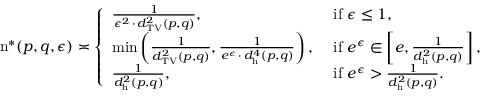
\begin{array} { r } { \mathrm { n } ^ { * } ( p , q , \epsilon ) \asymp \left\{ \begin{array} { l l } { \frac { 1 } { \epsilon ^ { 2 } \, \cdot \, d _ { \mathrm { T V } } ^ { 2 } ( p , q ) } , } & { \mathrm { ~ i f ~ } \epsilon \leq 1 , } \\ { \operatorname* { m i n } \left( \frac { 1 } { d _ { \mathrm { T V } } ^ { 2 } ( p , q ) } , \frac { 1 } { e ^ { \epsilon } \, \cdot \, d _ { \mathrm { h } } ^ { 4 } ( p , q ) } \right) , } & { \mathrm { ~ i f ~ } e ^ { \epsilon } \in \left[ e , \frac { 1 } { d _ { \mathrm { h } } ^ { 2 } ( p , q ) } \right] , } \\ { \frac { 1 } { d _ { \mathrm { h } } ^ { 2 } ( p , q ) } , } & { \mathrm { ~ i f ~ } e ^ { \epsilon } > \frac { 1 } { d _ { \mathrm { h } } ^ { 2 } ( p , q ) } . } \end{array} \right. } \end{array}